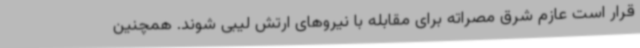
قرار است عازم شرق مصراته برای مقابله با نیروهای ارتش لیبی شوند. همچنین